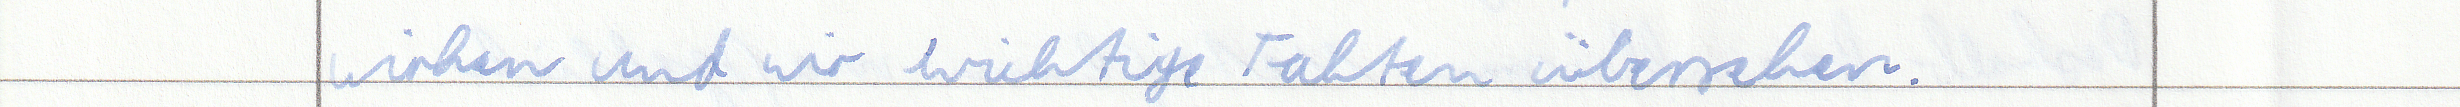
wirken und wir wichtige Fakten übersehen.